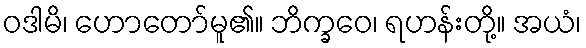
ဝဒါမိ၊ ဟောတော်မူ၏။ ဘိက္ခဝေ၊ ရဟန်းတို့။ အယံ၊